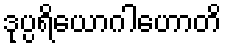
ဒုပ္ပရိယောဂါဟောတိ